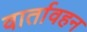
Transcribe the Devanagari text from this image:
वार्तावहन